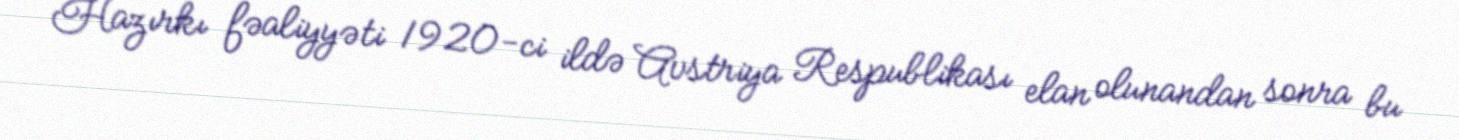
Hazırkı fəaliyyəti 1920-ci ildə Avstriya Respublikası elan olunandan sonra bu